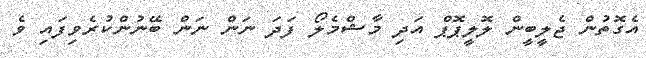
އެގޮތުން ޖެލީބީން ލޮލީޕޮޕް އަދި މާޝްމެލޯ ފަދަ ނަން ނަން ބޭނުންކުރެވިފައި ވެ